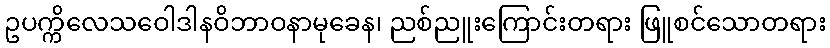
ဥပက္ကိလေသဝေါဒါနဝိဘာဝနာမုခေန၊ ညစ်ညူးကြောင်းတရား ဖြူစင်သောတရား